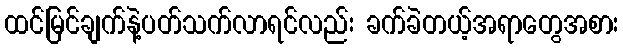
ထင်မြင်ချက်နဲ့ပတ်သက်လာရင်လည်း ခက်ခဲတယ့်အရာတွေအစား